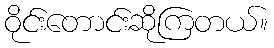
ဝိုင်းတောင်းဆိုကြတယ်။